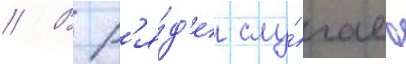
// В р'я́д'е слу́чаев